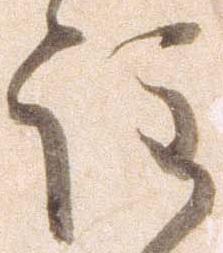
注